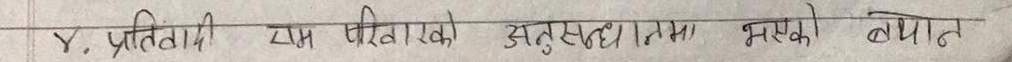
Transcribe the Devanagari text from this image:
V. प्रतिवादी राम परीक्षाको अनुसन्धानमा भएको बयान